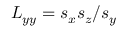
L _ { y y } = s _ { x } s _ { z } / s _ { y }